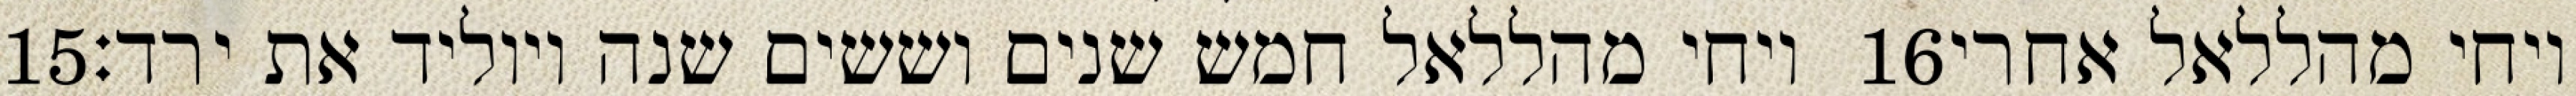
‎15‏ ויחי מהללאל חמש שנים וששים שנה ויוליד את ירד׃ ‎16‏ ויחי מהללאל אחרי